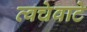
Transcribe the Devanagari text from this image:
त्वचेवाटे